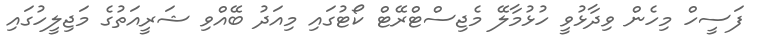
ފަސީހް މިހެން ވިދާޅުވީ ހުޅުމާލޭ މެޖިސްޓްރޭޓް ކޯޓުގައި މިއަދު ބޭއްވި ޝަރީއަތުގެ މަޖިލީހުގައި